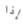
إذا